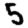
Digit: 5